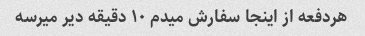
هردفعه از اینجا سفارش میدم ۱۰ دقیقه دیر میرسه